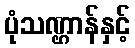
ပုံသဏ္ဌာန်နှင့်